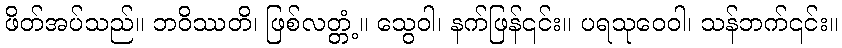
ဖိတ်အပ်သည်။ ဘဝိဿတိ၊ ဖြစ်လတ္တံ့။ သွေဝါ၊ နက်ဖြန်၎င်း။ ပရသုဝေဝါ၊ သန်ဘက်၎င်း။